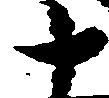
十